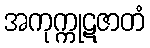
အကုက္ကုဋဇာတံ